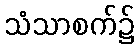
သံသာစက်၌